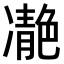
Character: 𩇝